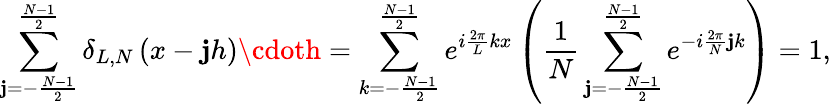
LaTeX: \sum_{\mathbf{j}=-\frac{{N-1}}{{2}}}^{\frac{{N-1}}{{2}}}\delta_{L,N}\left(x-\mathbf{j}h\right)\cdoth=\sum_{k=-\frac{{N-1}}{{2}}}^{\frac{{N-1}}{{2}}}e^{i\frac{{2\pi}}{{L}}kx}\left(\frac{{1}}{{N}}\sum_{\mathbf{j}=-\frac{{N-1}}{{2}}}^{\frac{{N-1}}{{2}}}e^{-i\frac{{2\pi}}{{N}}\mathbf{j}k}\right)=1,